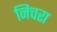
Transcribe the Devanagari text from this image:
निचरा